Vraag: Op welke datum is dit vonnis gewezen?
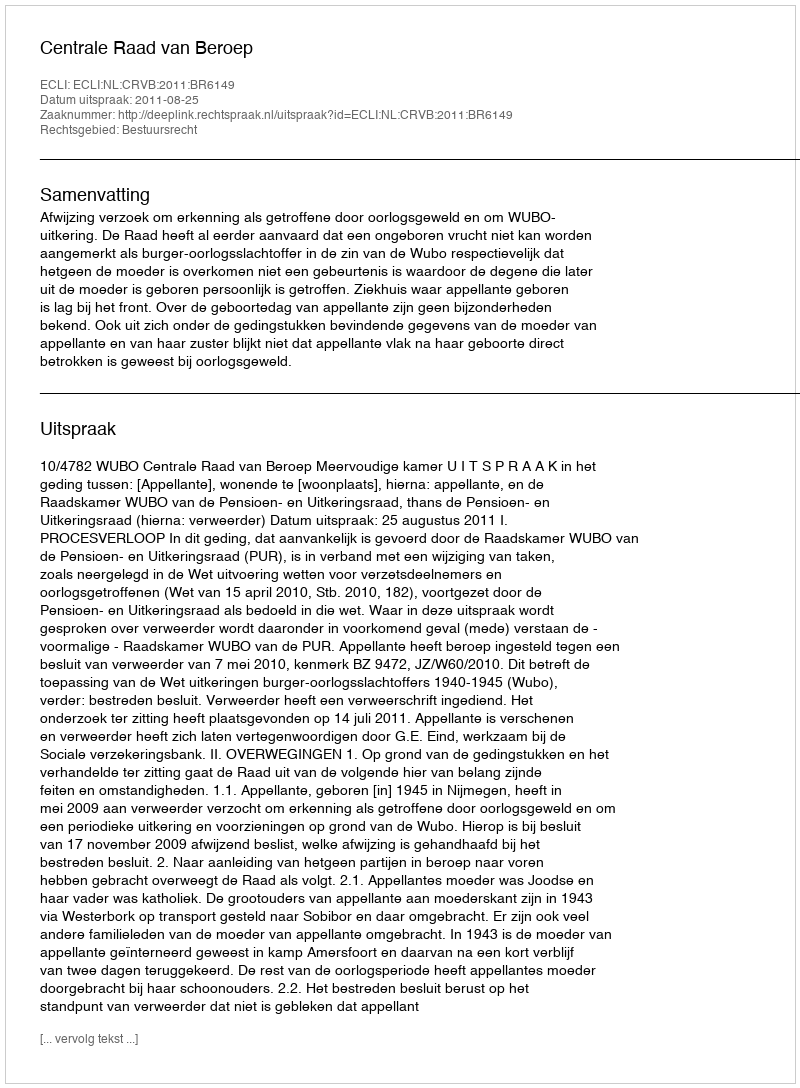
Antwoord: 2011-08-25